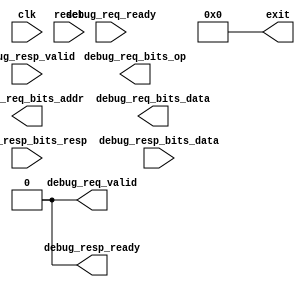
// Stub to satisfy TestHarness dependency:
module SimDTM(
	input clk,
	input reset,
	output        debug_req_valid,
	input         debug_req_ready,
	output [ 6:0] debug_req_bits_addr,
	output [ 1:0] debug_req_bits_op,
	output [31:0] debug_req_bits_data,
	input         debug_resp_valid,
	output        debug_resp_ready,
	input  [ 1:0] debug_resp_bits_resp,
	input  [31:0] debug_resp_bits_data,
	output [31:0] exit
);
	assign debug_req_valid     =  1'b0;
	assign debug_resp_ready    =  1'b0;
	assign exit                = 32'h0;
//	assign debug_req_bits_addr =  7'h0;
//	assign debug_req_bits_op   =  2'h0;
//	assign debug_req_bits_data = 32'h0;
endmodule // SimDTM